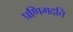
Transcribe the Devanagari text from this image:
प्रणिगदति